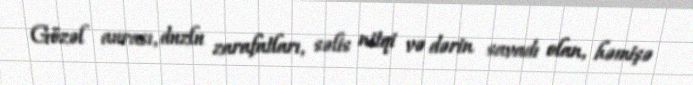
Gözəl aurası, duzlu zarafatları, səlis nitqi və dərin savadı olan, həmişə